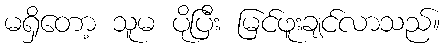
မရှိတော့ သူမ ပိုပြီး မြင်ဖူးချင်လာသည်။